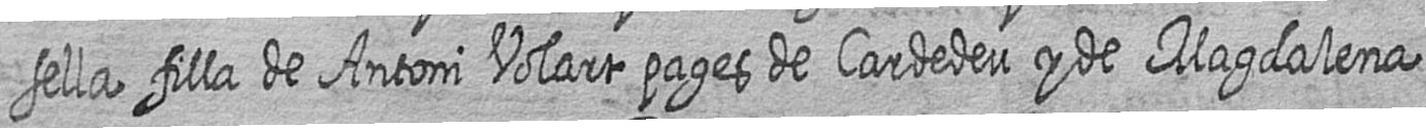
sella filla de Antoni Volart pages de Cardedeu y de Magdalena